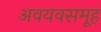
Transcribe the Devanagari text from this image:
अवयवसमूह